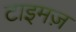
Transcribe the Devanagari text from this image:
टाइमज़